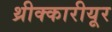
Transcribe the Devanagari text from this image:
थ्रीक्कारीयूर